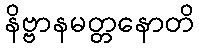
နိဗ္ဗာနမတ္တနောတိ